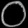
Digit: ၀